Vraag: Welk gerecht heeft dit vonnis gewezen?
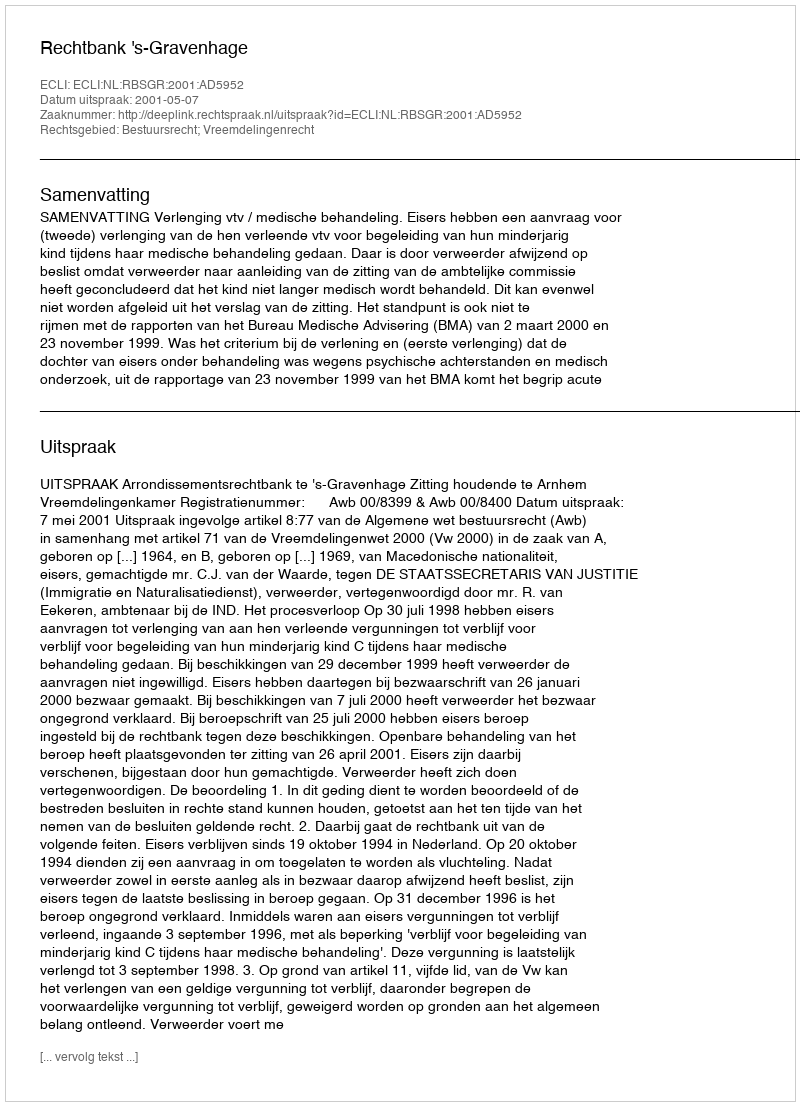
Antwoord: Rechtbank 's-Gravenhage